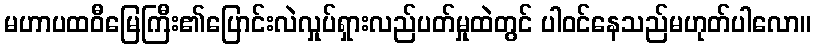
မဟာပထဝီမြေကြီး၏ပြောင်းလဲလှုပ်ရှားလည်ပတ်မှုထဲတွင် ပါဝင်နေသည်မဟုတ်ပါလော။